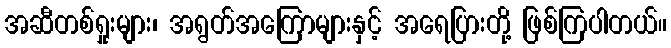
အဆီတစ်ရှုးများ၊ အရွတ်အကြောများနှင့် အရေပြားတို့ ဖြစ်ကြပါတယ်။